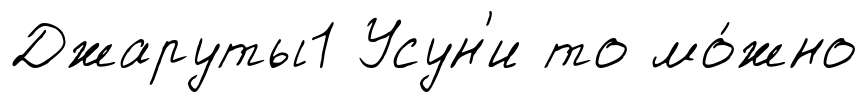
Джаруты1 Усун'и то мо́жно